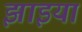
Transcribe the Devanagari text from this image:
झाइयां